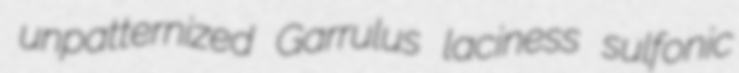
unpatternized Garrulus laciness sulfonic